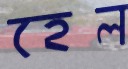
হেল